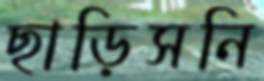
ছাড়িসনি